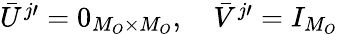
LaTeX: \begin{array}{r}{\bar{U}^{j\prime}=0_{M_{O}\times M_{O}},\quad\bar{V}^{j\prime}=I_{M_{O}}}\end{array}